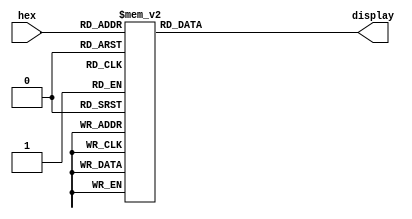
module seg_decode (hex, display); 

	input [3:0] hex; 
	output reg [6:0] display;
	
	/* - 0 - 
	* 5 | | 1 
	* - 6 - 
	* 4 | | 2 
	* - 3 - 
	*/
	
	always @ (hex) 
		case (hex) 
			4'h0: display = 7'b1111110; 
			4'h1: display = 7'b0110000; 
			4'h2: display = 7'b1101101; 
			4'h3: display = 7'b1111001; 
			4'h4: display = 7'b0110011; 
			4'h5: display = 7'b1011011; 
			4'h6: display = 7'b1011111; 
			4'h7: display = 7'b1110000; 
			4'h8: display = 7'b1111111; 
			4'h9: display = 7'b1110011; 
			4'hA: display = 7'b1110111; 
			4'hb: display = 7'b0011111; 
			4'hC: display = 7'b1001110; 
			4'hd: display = 7'b0111101; 
			4'hE: display = 7'b1001111; 
			4'hF: display = 7'b1000111;
		endcase 
		
endmodule